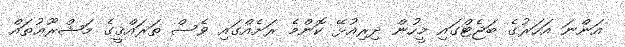
އަންނަ އަހަރުގެ ބަޖެޓްގައި މީހުން ދިރިއުޅޭ ކޮންމެ ރަށެއްގައި ވެސް ތަރައްޤީގެ މަޝްރޫޢުތައް